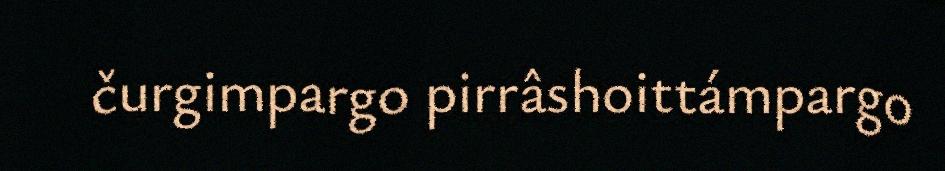
čurgimpargo pirrâshoittámpargo